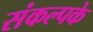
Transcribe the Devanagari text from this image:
संकल्पके